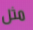
مثل